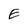
Character: E